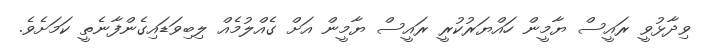
ވިދާޅުވީ ރައީސް ޔާމީން ހައްޔަރުކުރީ ރައީސް ޔާމީން އަށް ގެއްލުމެއް ލިބިވަޑައިގެންފާނެތީ ކަމަށެވެ.